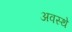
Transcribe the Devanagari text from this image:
अवस्थे